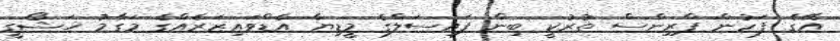
އޭގެ ފަހުން ޕްރިންސް ތުރުކީ ބިން ފައިސަލްގެ މީޑިޔާ އެޑްވައިޒަރެއްގެ މަގާމު ޚަޝޯގީ